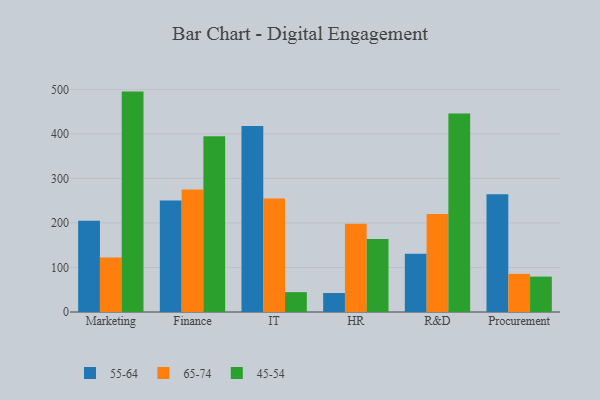
{"axis": {"x": "Department", "y": "Temperature (°C)"}, "legend": ["45-54", "55-64", "65-74"], "data": [{"x": "Marketing", "y": 204.9, "type": "55-64"}, {"x": "Marketing", "y": 122.5, "type": "65-74"}, {"x": "Marketing", "y": 494.9, "type": "45-54"}, {"x": "Finance", "y": 250.3, "type": "55-64"}, {"x": "Finance", "y": 274.9, "type": "65-74"}, {"x": "Finance", "y": 394.8, "type": "45-54"}, {"x": "IT", "y": 417.4, "type": "55-64"}, {"x": "IT", "y": 255.0, "type": "65-74"}, {"x": "IT", "y": 44.6, "type": "45-54"}, {"x": "HR", "y": 42.6, "type": "55-64"}, {"x": "HR", "y": 198.2, "type": "65-74"}, {"x": "HR", "y": 163.7, "type": "45-54"}, {"x": "R&D", "y": 130.7, "type": "55-64"}, {"x": "R&D", "y": 220.3, "type": "65-74"}, {"x": "R&D", "y": 445.9, "type": "45-54"}, {"x": "Procurement", "y": 264.3, "type": "55-64"}, {"x": "Procurement", "y": 85.7, "type": "65-74"}, {"x": "Procurement", "y": 79.5, "type": "45-54"}]}